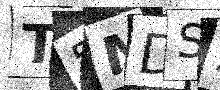
Text: T5MDS5